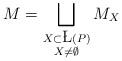
LaTeX: \begin{align*}M=\bigsqcup_{\substack{X\subset\L(P)\\ X \neq \emptyset}}M_X\end{align*}